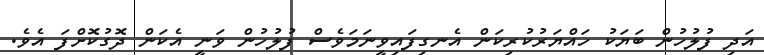
އަދި ފުލުހުން ބަޔަކު ހައްޔަރުކުރިކަން އެނގިފައިވީނަމަވެސް ފުލުހުން ވަނީ އެކަން ދޮގުކޮށްފަ އެވެ.